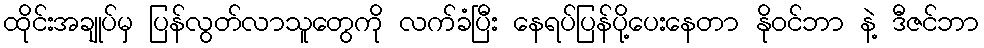
ထိုင်းအချုပ်မှ ပြန်လွတ်လာသူတွေကို လက်ခံပြီး နေရပ်ပြန်ပို့ပေးနေတာ နိုဝင်ဘာ နဲ့ ဒီဇင်ဘာ